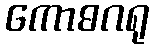
ကောဓဂရု